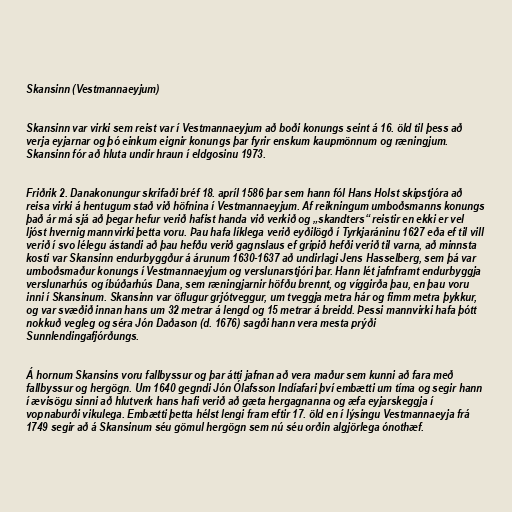
Skansinn (Vestmannaeyjum)

Skansinn var virki sem reist var í Vestmannaeyjum að boði konungs seint á 16. öld til þess að
verja eyjarnar og þó einkum eignir konungs þar fyrir enskum kaupmönnum og ræningjum.
Skansinn fór að hluta undir hraun í eldgosinu 1973.

Friðrik 2. Danakonungur skrifaði bréf 18. apríl 1586 þar sem hann fól Hans Holst skipstjóra að
reisa virki á hentugum stað við höfnina í Vestmannaeyjum. Af reikningum umboðsmanns konungs
það ár má sjá að þegar hefur verið hafist handa við verkið og „skandters“ reistir en ekki er vel
ljóst hvernig mannvirki þetta voru. Þau hafa líklega verið eyðilögð í Tyrkjaráninu 1627 eða ef til vill
verið í svo lélegu ástandi að þau hefðu verið gagnslaus ef gripið hefði verið til varna, að minnsta
kosti var Skansinn endurbyggður á árunum 1630-1637 að undirlagi Jens Hasselberg, sem þá var
umboðsmaður konungs í Vestmannaeyjum og verslunarstjóri þar. Hann lét jafnframt endurbyggja
verslunarhús og íbúðarhús Dana, sem ræningjarnir höfðu brennt, og víggirða þau, en þau voru
inni í Skansinum. Skansinn var öflugur grjótveggur, um tveggja metra hár og fimm metra þykkur,
og var svæðið innan hans um 32 metrar á lengd og 15 metrar á breidd. Þessi mannvirki hafa þótt
nokkuð vegleg og séra Jón Daðason (d. 1676) sagði hann vera mesta prýði
Sunnlendingafjórðungs.

Á hornum Skansins voru fallbyssur og þar átti jafnan að vera maður sem kunni að fara með
fallbyssur og hergögn. Um 1640 gegndi Jón Ólafsson Indíafari því embætti um tíma og segir hann
í ævisögu sinni að hlutverk hans hafi verið að gæta hergagnanna og æfa eyjarskeggja í
vopnaburði vikulega. Embætti þetta hélst lengi fram eftir 17. öld en í lýsingu Vestmannaeyja frá
1749 segir að á Skansinum séu gömul hergögn sem nú séu orðin algjörlega ónothæf.